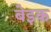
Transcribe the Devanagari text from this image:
बेइक